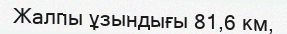
Жалпы ұзындығы 81,6 км,